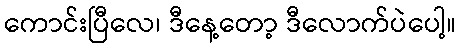
ကောင်းပြီလေ၊ ဒီနေ့တော့ ဒီလောက်ပဲပေါ့။